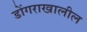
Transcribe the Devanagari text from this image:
डोंगराखालील